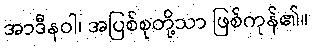
အာဒီနဝါ၊ အပြစ်စုတို့သာ ဖြစ်ကုန်၏။